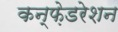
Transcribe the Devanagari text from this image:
कन्फ़ेडरेशन